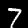
Digit: 7